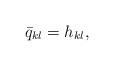
LaTeX: \begin{align*} \bar{q}_{kl} = h_{kl} ,\end{align*}